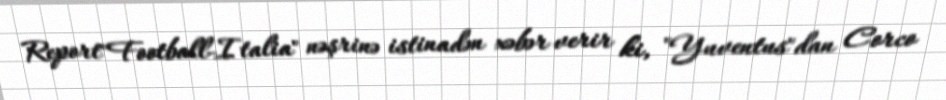
Report"Football-Italia" nəşrinə istinadən xəbər verir ki, "Yuventus"dan Corco